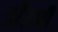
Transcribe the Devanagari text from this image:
डाॅउनी